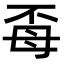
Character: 𭯈